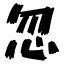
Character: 忽